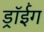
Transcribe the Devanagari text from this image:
ड्रॉईंग